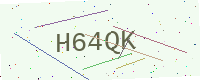
Text: H64QK